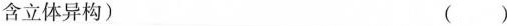
含立体异构) ( )